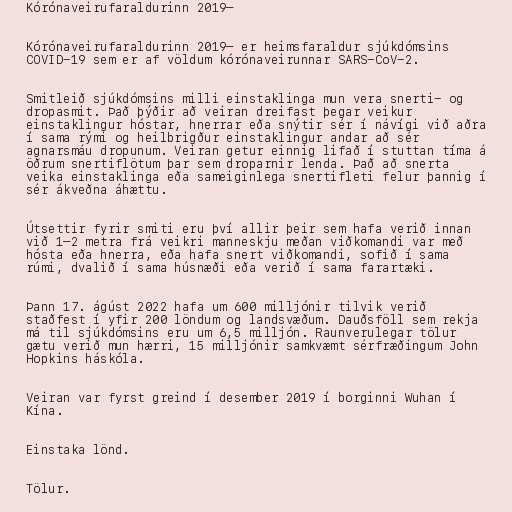
Kórónaveirufaraldurinn 2019–

Kórónaveirufaraldurinn 2019– er heimsfaraldur sjúkdómsins
COVID-19 sem er af völdum kórónaveirunnar SARS-CoV-2.

Smitleið sjúkdómsins milli einstaklinga mun vera snerti- og
dropasmit. Það þýðir að veiran dreifast þegar veikur
einstaklingur hóstar, hnerrar eða snýtir sér í návígi við aðra
í sama rými og heilbrigður einstaklingur andar að sér
agnarsmáu dropunum. Veiran getur einnig lifað í stuttan tíma á
öðrum snertiflötum þar sem droparnir lenda. Það að snerta
veika einstaklinga eða sameiginlega snertifleti felur þannig í
sér ákveðna áhættu.

Útsettir fyrir smiti eru því allir þeir sem hafa verið innan
við 1–2 metra frá veikri manneskju meðan viðkomandi var með
hósta eða hnerra, eða hafa snert viðkomandi, sofið í sama
rúmi, dvalið í sama húsnæði eða verið í sama farartæki.

Þann 17. ágúst 2022 hafa um 600 milljónir tilvik verið
staðfest í yfir 200 löndum og landsvæðum. Dauðsföll sem rekja
má til sjúkdómsins eru um 6,5 milljón. Raunverulegar tölur
gætu verið mun hærri, 15 milljónir samkvæmt sérfræðingum John
Hopkins háskóla.

Veiran var fyrst greind í desember 2019 í borginni Wuhan í
Kína.

Einstaka lönd.

Tölur.